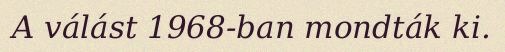
A válást 1968-ban mondták ki.